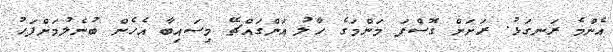
އެންމެ ރަނގަޅު. ރަށަށް ގޮސްފަ މަންމަގެ ހާލު އަންގައްޗޭ މިސައިބާ އެހެން ބުނެލުމަށްފަހު